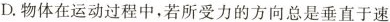
D.物体在运动过程中，若所受力的方向总是垂直于速